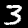
Label: 3